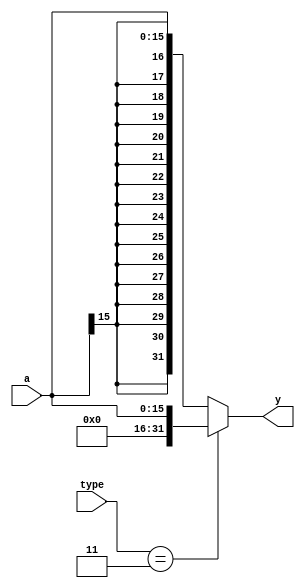
`timescale 1ns / 1ps
//////////////////////////////////////////////////////////////////////////////////
// Company: 
// Engineer: 
// 
// Design Name: 
// Module Name: sign_extend
// Project Name: 
// Target Devices: 
// Tool Versions: 
// Description: 
// 
// Dependencies: 
// 
// Revision:
// Revision 0.01 - File Created
// Additional Comments:
// 
//////////////////////////////////////////////////////////////////////////////////


module sign_extend(
input [15:0]a,
input [1:0]type,
output [31:0]y
    );

assign y = (type == 2'b11)? { {16{1'b0}},a } : { {16{a[15]}},a };
endmodule